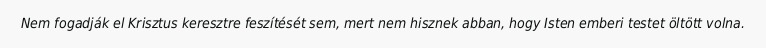
Nem fogadják el Krisztus keresztre feszítését sem, mert nem hisznek abban, hogy Isten emberi testet öltött volna.